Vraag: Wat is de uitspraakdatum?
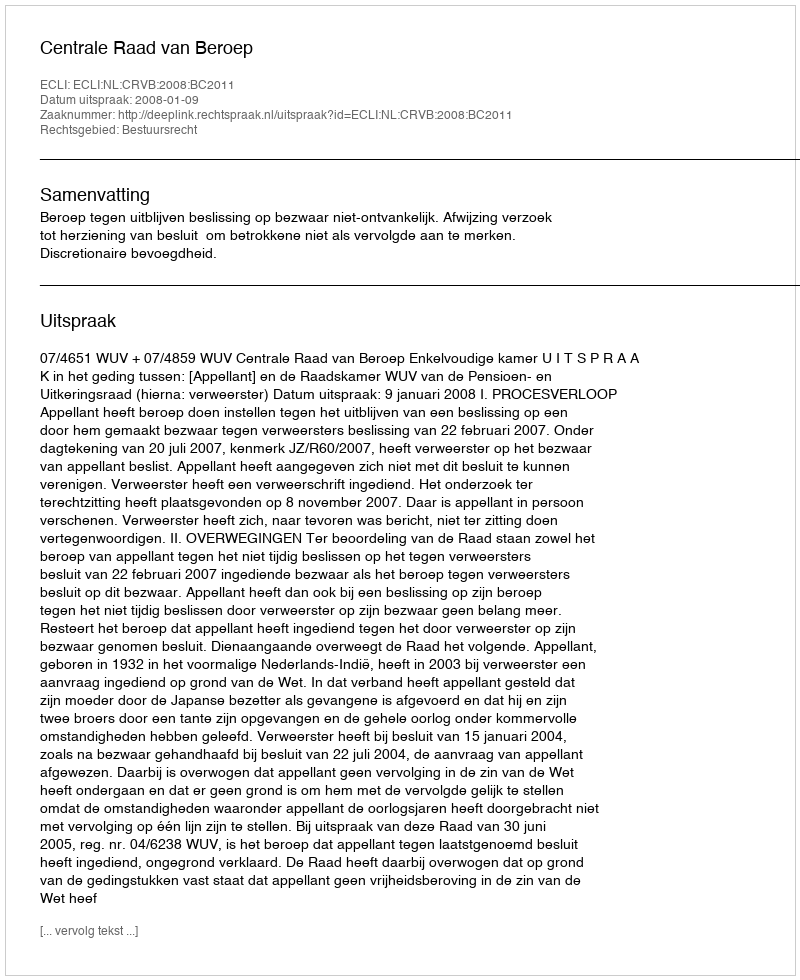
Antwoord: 2008-01-09